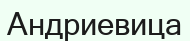
Андриевица